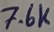
Text: 7.6K